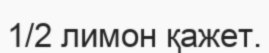
1/2 лимон қажет.